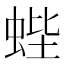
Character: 蜌